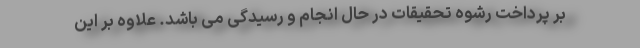
بر پرداخت رشوه تحقیقات در حال انجام و رسیدگی می باشد. علاوه بر این